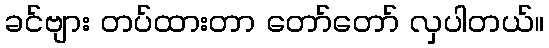
ခင်ဗျား တပ်ထားတာ တော်တော် လှပါတယ်။